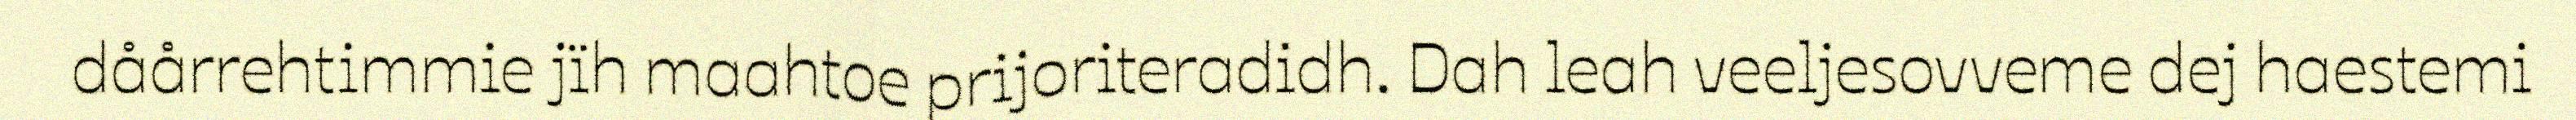
dåårrehtimmie jïh maahtoe prijoriteradidh. Dah leah veeljesovveme dej haestemi